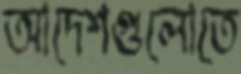
আদেশগুলোতে